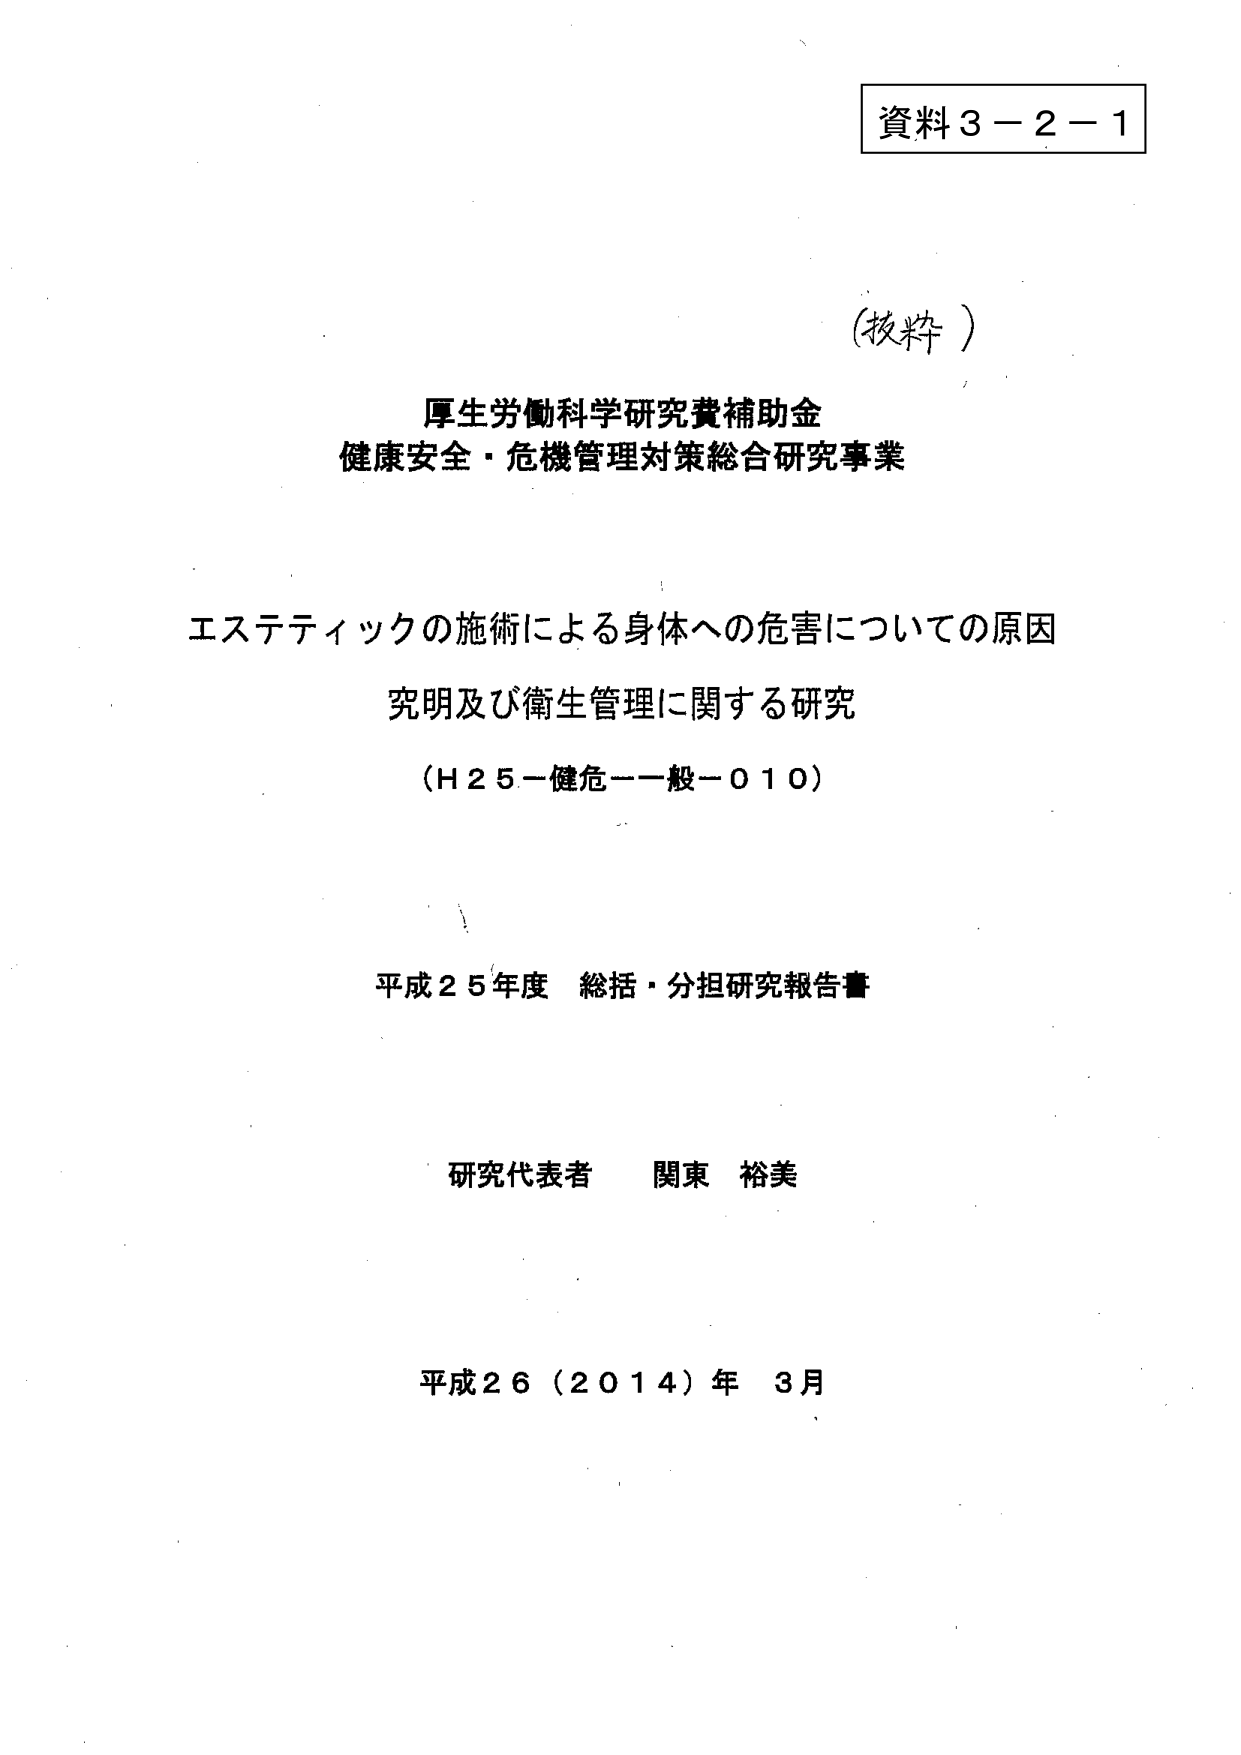
資料３－２－１

（技粋）

厚生労働科学研究費補助金
健康安全・危機管理対策総合研究事業

エステティックの施術による身体への危害についての原因
究明及び衛生管理に関する研究
（Ｈ２５－健危－一般－０１０）

平成２５年度 総括・分担研究報告書

研究代表者 関東 裕美

平成２６（２０１４）年 ３月